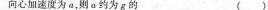
向心加速度为a，这a约为g的（）